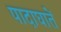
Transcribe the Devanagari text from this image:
पादाघातें